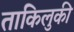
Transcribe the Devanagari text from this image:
ताकिलुकी